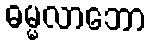
ဓမ္မလာဘော